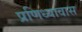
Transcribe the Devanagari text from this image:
प्रणिध्यावास